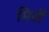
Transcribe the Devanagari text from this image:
मिसें